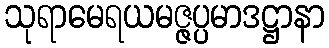
သုရာမေရယမဇ္ဇပ္ပမာဒဋ္ဌာနာ